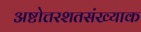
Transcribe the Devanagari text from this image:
अष्टोत्तरशतसंख्याक